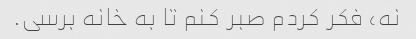
نه، فکر کردم صبر کنم تا به خانه برسی.